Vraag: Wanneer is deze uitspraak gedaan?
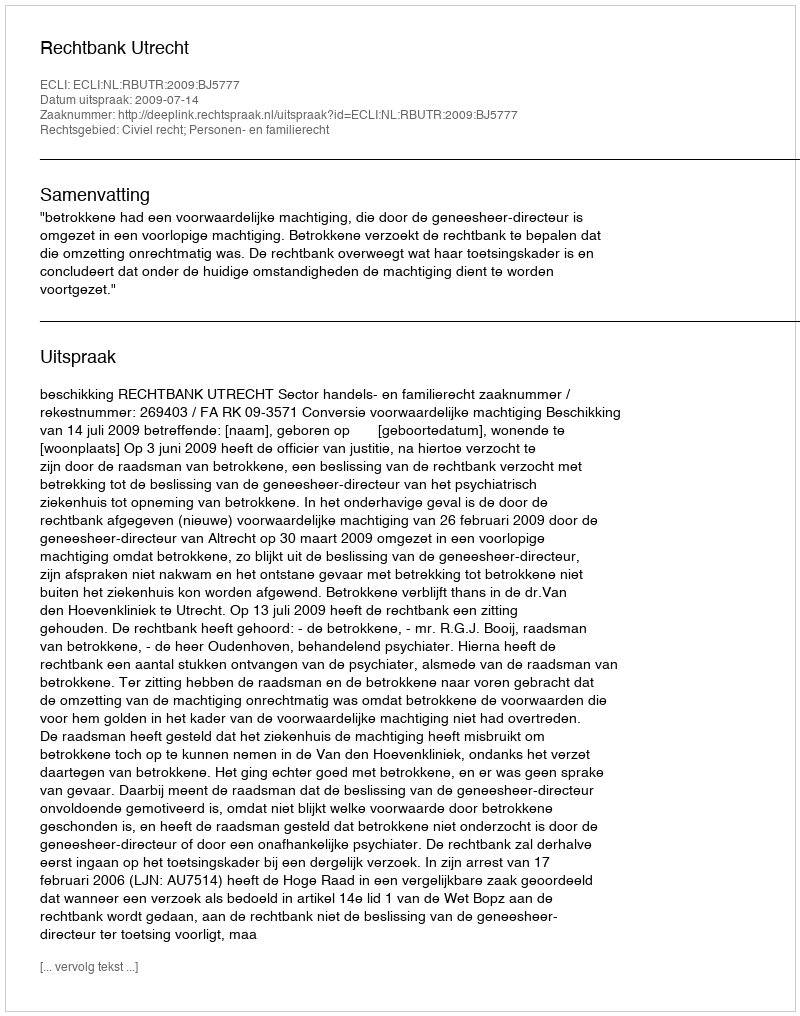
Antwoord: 2009-07-14